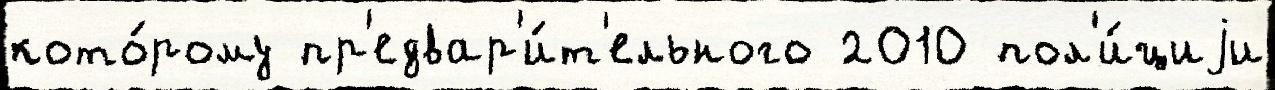
кото́рому пр'едвар'и́т'ельного 2010 пол'и́циjи